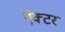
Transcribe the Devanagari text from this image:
ऍक्टर